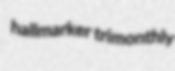
hallmarker trimonthly